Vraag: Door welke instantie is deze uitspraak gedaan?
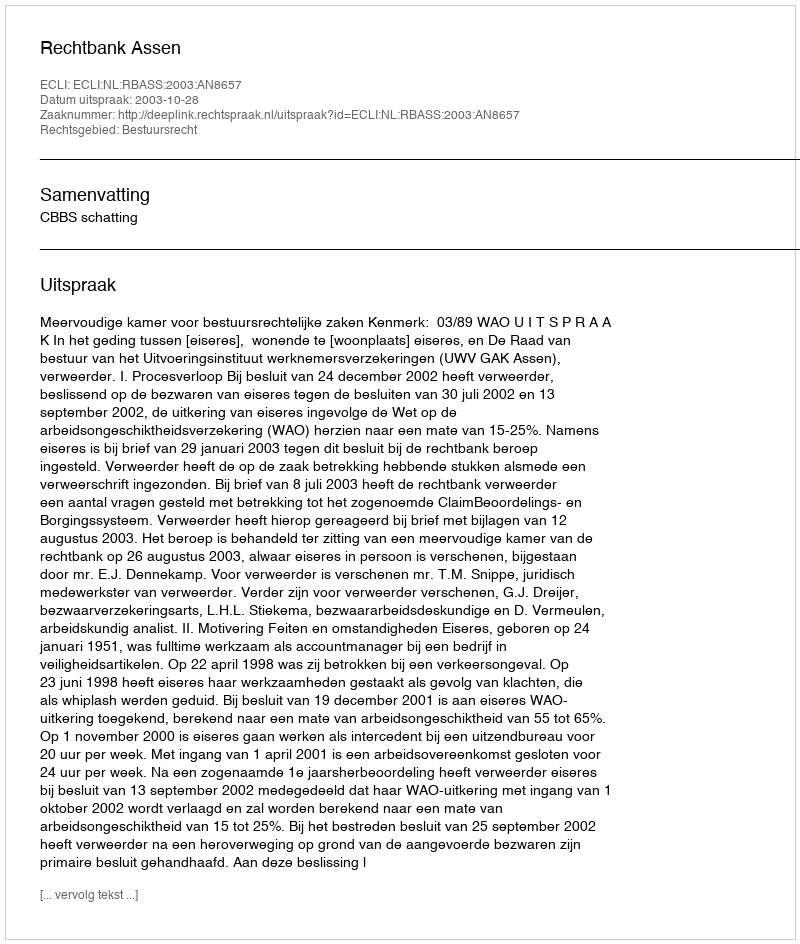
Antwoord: Rechtbank Assen